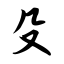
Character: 殳